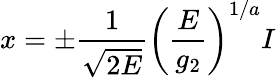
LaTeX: x=\pm\frac{1}{\sqrt{2E}}\left(\frac{E}{g_{2}}\right)^{1/a}I